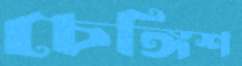
চেঙ্গিশ